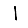
Digit: 1